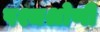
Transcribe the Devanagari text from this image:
पश्चश्रोणी